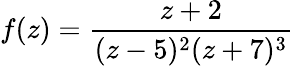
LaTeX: f(z)={\frac{z+2}{(z-5)^{2}(z+7)^{3}}}